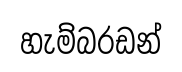
හැම්බරඩන්